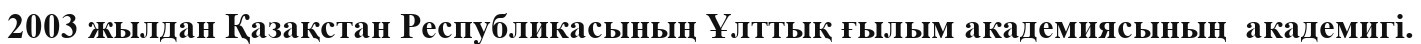
2003 жылдан Қазақстан Республикасының Ұлттық ғылым академиясының  академигі.